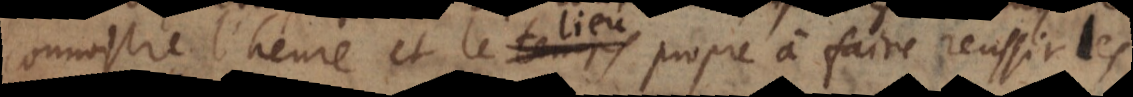
connoistre l’heure et le lieu propre à faire reussir les